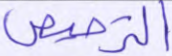
الترخيص